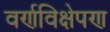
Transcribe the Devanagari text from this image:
वर्णविक्षेपण